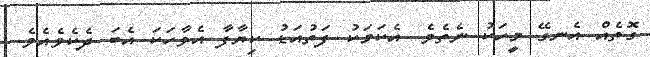
ގޮތެއް އެނގޭ މީހަކު ނެތެވެ. އެކަމަކު ފަތުއަޑު ކިޔާފާ އެވާހަކަ އެބަ ދެކެވެއެވެ.